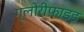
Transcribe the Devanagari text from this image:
ग्लोरीफाइड